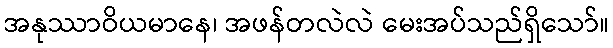
အနုဿာဝိယမာနေ၊ အဖန်တလဲလဲ မေးအပ်သည်ရှိသော်။